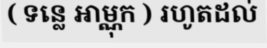
( ទន្លេ អាម្ណុក ) រហូតដល់